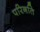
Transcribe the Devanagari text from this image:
परिनति